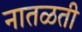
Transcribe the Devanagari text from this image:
नातळती